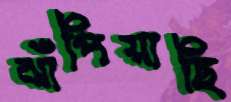
ঝাঁপিয়াছি